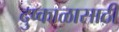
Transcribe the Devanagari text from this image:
दुष्काळासाठी